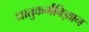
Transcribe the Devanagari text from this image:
धातुकर्मविज्ञान